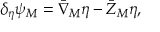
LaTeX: \delta _ { \eta } \psi _ { M } = { \bar { \nabla } } _ { M } \eta - { \bar { Z } } _ { M } \eta ,